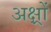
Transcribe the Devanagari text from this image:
अक्ष्रों